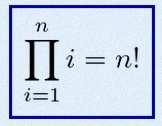
\prod_{i=1}^{n}i=n!